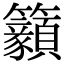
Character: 𥸊